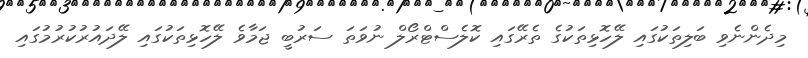
މިދެންނެވި ބަލިތަކުގައި ލޭހޮޅިތަކުގެ ތެރޭގައި ކޮލެސްޓްރޯލް ނުވަތަ ސަރުބީ ޖަމާވެ ލޭހޮޅިތަކުގައި ލޭދައުރުކުރުމުގައި